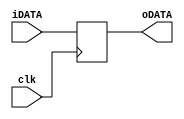
/*
 * misc. logic
 */

/*
 * Copyright (C) 2012 @ksksue
 * Licensed under the Apache License, Version 2.0
 * http://www.apache.org/licenses/LICENSE-2.0
 */

/*
 * parametalized one buffer
 *
USAGE : 
param_one_buf #(.DATA_WIDTH(32))
 param_one_buf(
        .iDATA(indata),
        .oDATA(outdata),
        .clk(clk));
 */
module param_one_buf #(parameter DATA_WIDTH = 8)
(
    input  [DATA_WIDTH-1:0] iDATA,
    output [DATA_WIDTH-1:0] oDATA,

    input clk
);

reg [DATA_WIDTH-1:0]    in_data;

assign oDATA    = in_data;

always@(posedge clk) begin
    in_data     <= iDATA;
end

endmodule


/*
 * parametalized inout buffer
 *
USAGE : 
param_inout_buf #(.DATA_WIDTH(32))
 iobuf( .ioDATA(iodata),
        .iOE(oe),
        .iDATA(indata),
        .oDATA(outdata),
        .clk(clk));
 */
module param_inout_buf #(parameter DATA_WIDTH = 8)
(
    inout  [DATA_WIDTH-1:0] ioDATA,

    input                   iOE_n,
    input  [DATA_WIDTH-1:0] oDATA,
    output [DATA_WIDTH-1:0] iDATA,

    input clk
);

reg                     oe_n;
reg [DATA_WIDTH-1:0]    in_data;
reg [DATA_WIDTH-1:0]    out_data;

assign ioDATA = (oe_n)? {DATA_WIDTH{1'bZ}} : out_data;
assign iDATA = in_data;

always@(posedge clk) begin
    oe_n        <= iOE_n;
    out_data    <= oDATA;
    in_data     <= ioDATA;
end

endmodule